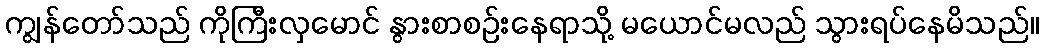
ကျွန်တော်သည် ကိုကြီးလှမောင် နွားစာစဉ်းနေရာသို့ မယောင်မလည် သွားရပ်နေမိသည်။